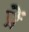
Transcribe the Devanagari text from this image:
प्रें